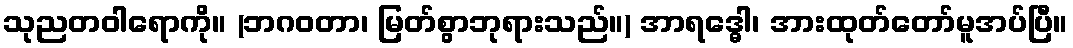
သုညတဝါရောကို။ (ဘဂဝတာ၊ မြတ်စွာဘုရားသည်။) အာရဒ္ဓေါ၊ အားထုတ်တော်မူအပ်ပြီ။